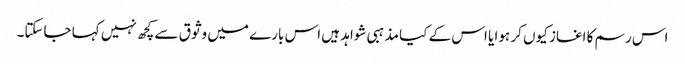
اس رسم کا اغاز کیوں کر ہوا یا اس کے کیا مذہبی شواہد ہیں اس بارے میں وثوق سے کچھ نہیں کہا جاسکتا۔